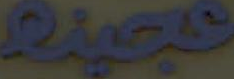
عجينه